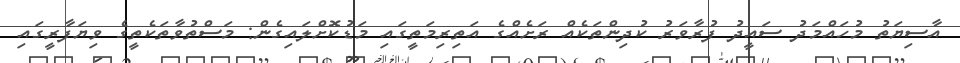
އާސިޔަތު މުހައްމަދު ސައީދު ފުރާވަރު ކުދިންތަކެއް ރަށެއްގެ އަތިރިމަތީގައި މަޑުކޮށްލައިގެން: މަސްތުވާތަކެތީގެ ވިޔަފާރީގައި